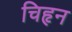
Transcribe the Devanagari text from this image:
चिहृन